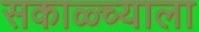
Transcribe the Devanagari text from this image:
सकाळ्च्याला